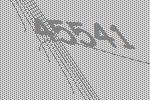
45541